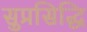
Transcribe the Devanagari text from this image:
सुप्रसिद्धि